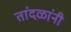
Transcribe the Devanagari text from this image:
तांदळांनी